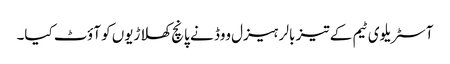
آسٹریلوی ٹیم کے تیز بالر ہیزل ووڈ نے پانچ کھلاڑیوں کو آؤٹ کیا۔